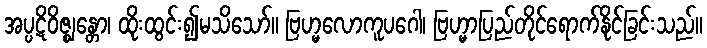
အပ္ပဋိဝိဇ္ဈန္တော၊ ထိုးထွင်း၍မသိသော်။ ဗြဟ္မလောကူပဂေါ၊ ဗြဟ္မာပြည်တိုင်ရောက်နိုင်ခြင်းသည်။